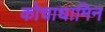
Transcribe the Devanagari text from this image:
कोचाधामिन